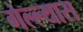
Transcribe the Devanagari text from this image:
गेल्ल्यास